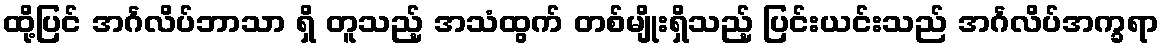
ထို့ပြင် အင်္ဂလိပ်ဘာသာ ရှိ တူသည့် အသံထွက် တစ်မျိုးရှိသည့် ပြင်းယင်းသည် အင်္ဂလိပ်အက္ခရာ